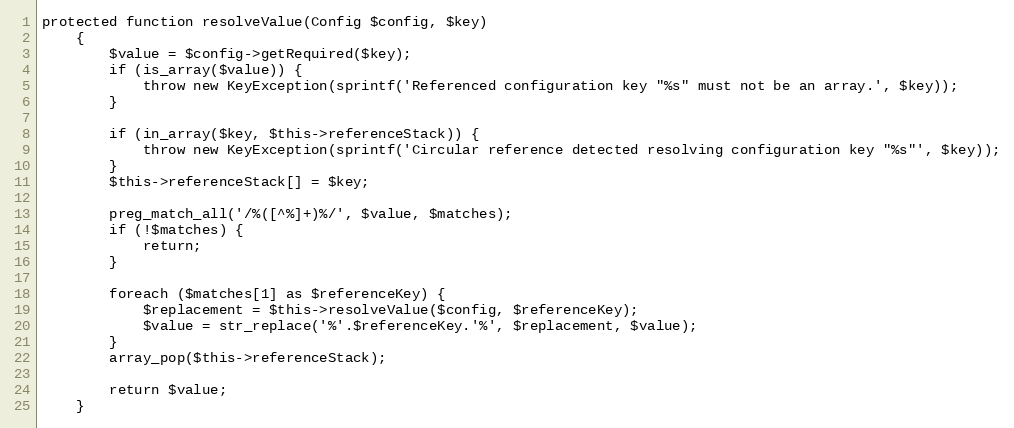
Language: PHP
protected function resolveValue(Config $config, $key)
    {
        $value = $config->getRequired($key);
        if (is_array($value)) {
            throw new KeyException(sprintf('Referenced configuration key "%s" must not be an array.', $key));
        }

        if (in_array($key, $this->referenceStack)) {
            throw new KeyException(sprintf('Circular reference detected resolving configuration key "%s"', $key));
        }
        $this->referenceStack[] = $key;

        preg_match_all('/%([^%]+)%/', $value, $matches);
        if (!$matches) {
            return;
        }

        foreach ($matches[1] as $referenceKey) {
            $replacement = $this->resolveValue($config, $referenceKey);
            $value = str_replace('%'.$referenceKey.'%', $replacement, $value);
        }
        array_pop($this->referenceStack);

        return $value;
    }